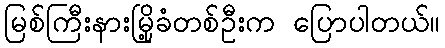
မြစ်ကြီးနားမြို့ခံတစ်ဦးက ပြောပါတယ်။